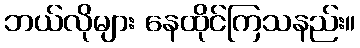
ဘယ်လိုများ နေထိုင်ကြသနည်း။